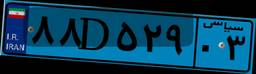
۱۹D۸۴۹۰۷